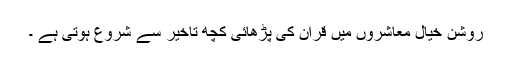
روشن خیال معاشروں میں قران کی پڑھائی کچھ تاخیر سے شروع ہوتی ہے ۔